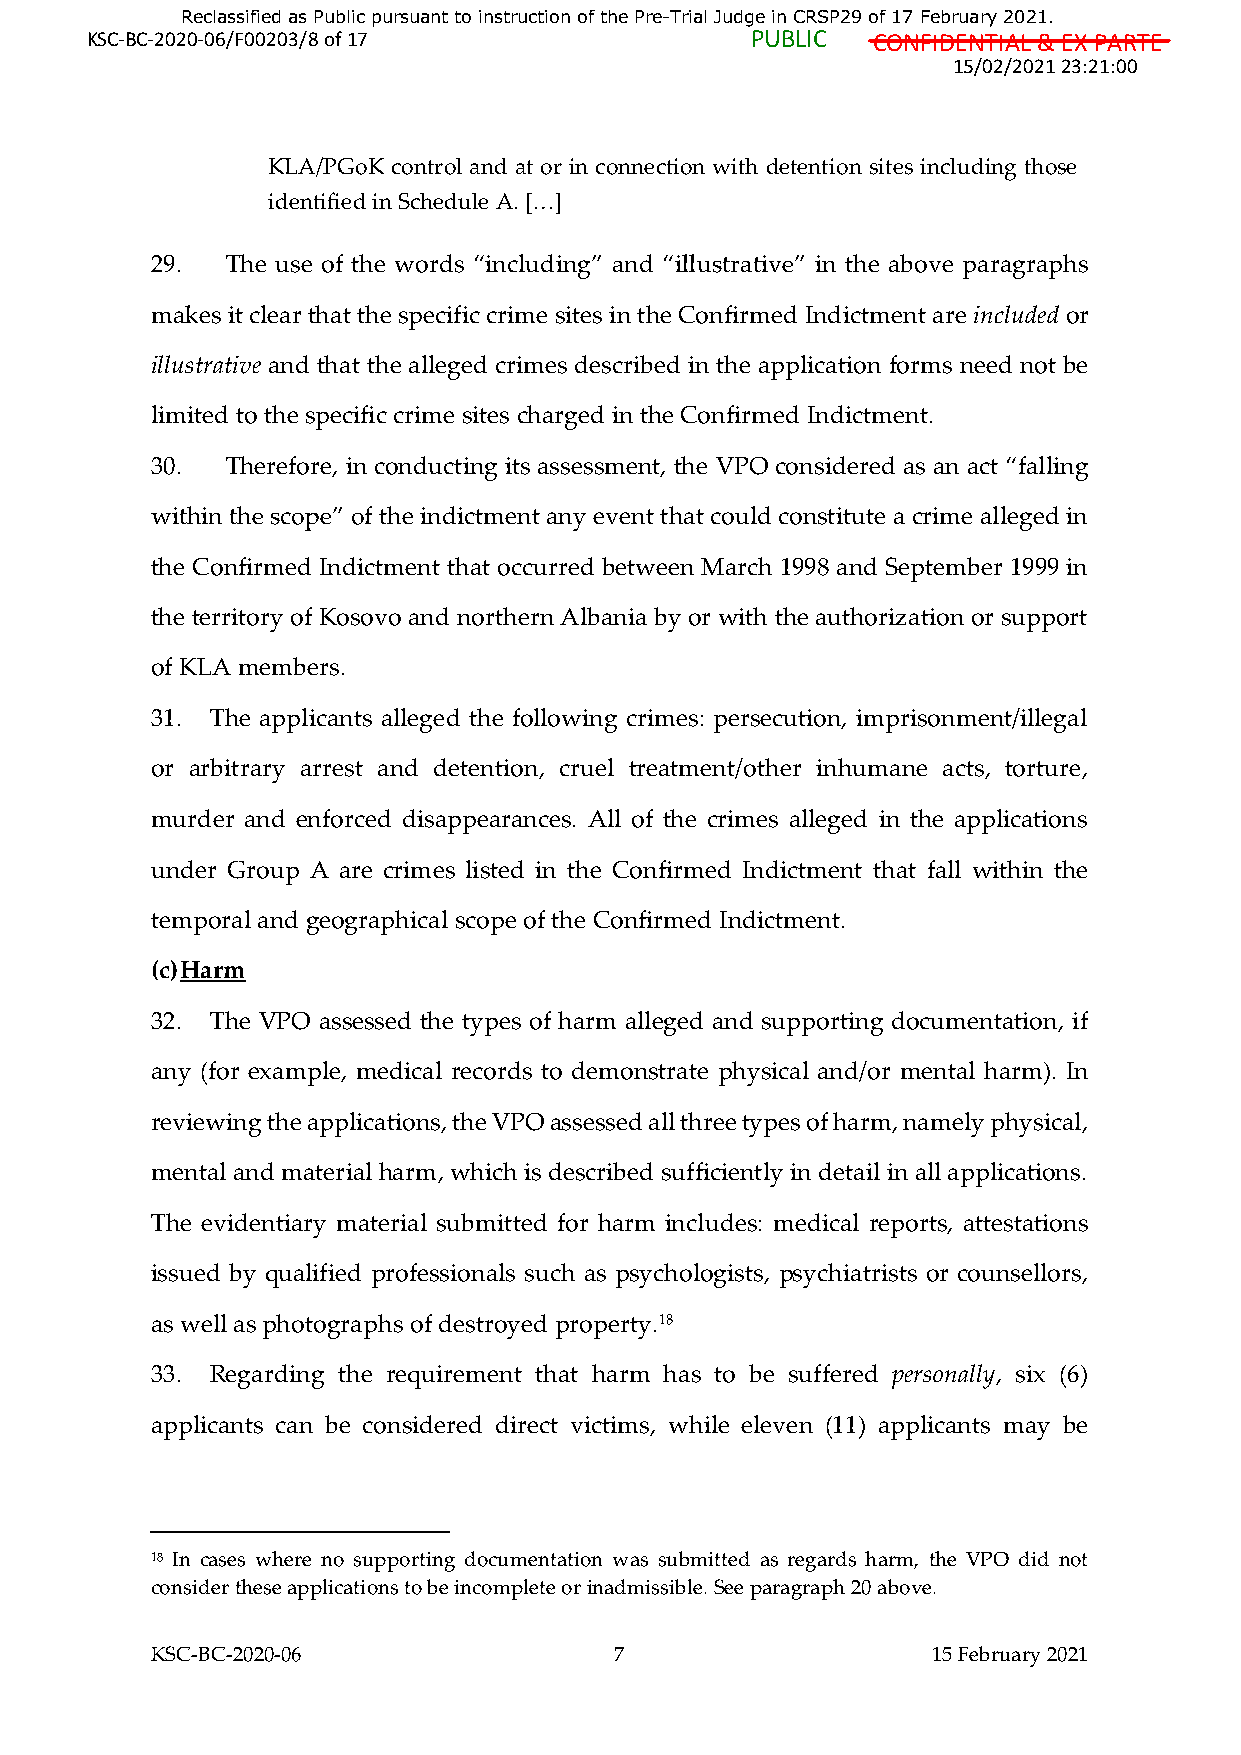
Reclassified as Public pursuant to instruction of the Pre-Trial Judge in CRSP29 of 17 February 2021.
 KSC-BC-2020-06/F00203/8 of 17               PUBLIC  CONFIDENTIAL & EX PARTE
 15/02/2021 23:21:00
 KLA/PGoK control and at or in connection with detention sites including those
 identified in Schedule A. […]
 29.  The use of the words “including” and “illustrative” in the above paragraphs
 makes it clear that the specific crime sites in the Confirmed Indictment are included or
 illustrative and that the alleged crimes described in the application forms need not be
 limited to the specific crime sites charged in the Confirmed Indictment.
 30.  Therefore, in conducting its assessment, the VPO considered as an act “falling
 within the scope” of the indictment any event that could constitute a crime alleged in
 the Confirmed Indictment that occurred between March 1998 and September 1999 in
 the territory of Kosovo and northern Albania by or with the authorization or support
 of KLA members.
 31. The applicants alleged the following crimes: persecution, imprisonment/illegal
 or arbitrary arrest and detention, cruel treatment/other inhumane acts, torture,
 murder and enforced disappearances. All of the crimes alleged in the applications
 under Group A are crimes listed in the Confirmed Indictment that fall within the
 temporal and geographical scope of the Confirmed Indictment.
 (c) Harm
 32. The VPO assessed the types of harm alleged and supporting documentation, if
 any (for example, medical records to demonstrate physical and/or mental harm). In
 reviewing the applications, the VPO assessed all three types of harm, namely physical,
 mental and material harm, which is described sufficiently in detail in all applications.
 The evidentiary material submitted for harm includes: medical reports, attestations
 issued by qualified professionals such as psychologists, psychiatrists or counsellors,
 as well as photographs of destroyed property.18
 33. Regarding the requirement that harm has to be suffered personally, six (6)
 applicants can be considered direct victims, while eleven (11) applicants may be
 18 In cases where no supporting documentation was submitted as regards harm, the VPO did not
 consider these applications to be incomplete or inadmissible. See paragraph 20 above.
 KSC-BC-2020-06                 7                    15 February 2021